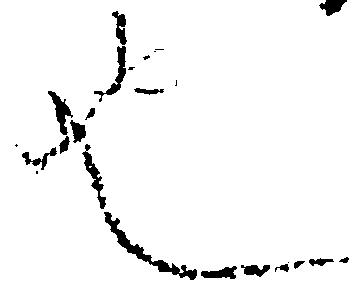
也